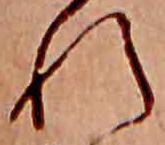
れ